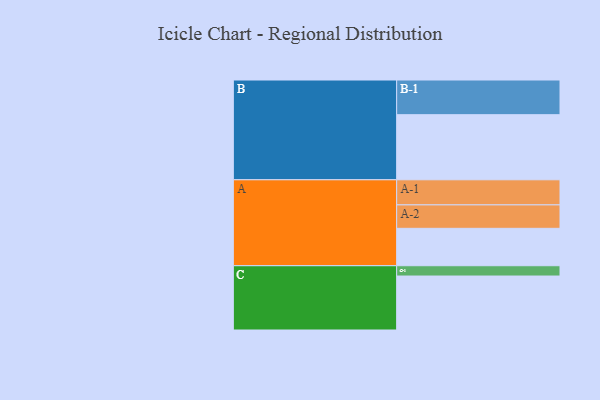
{"axis": {"x": "Segment", "y": "Value"}, "legend": ["", "A", "B", "C"], "data": [{"x": "A", "y": 316, "type": ""}, {"x": "B", "y": 550, "type": ""}, {"x": "C", "y": 456, "type": ""}, {"x": "A-1", "y": 212, "type": "A"}, {"x": "A-2", "y": 198, "type": "A"}, {"x": "B-1", "y": 293, "type": "B"}, {"x": "C-1", "y": 87, "type": "C"}]}